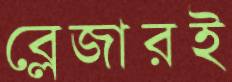
ব্লেজারই